Leningradi_Edasi_toimetus, lk 66
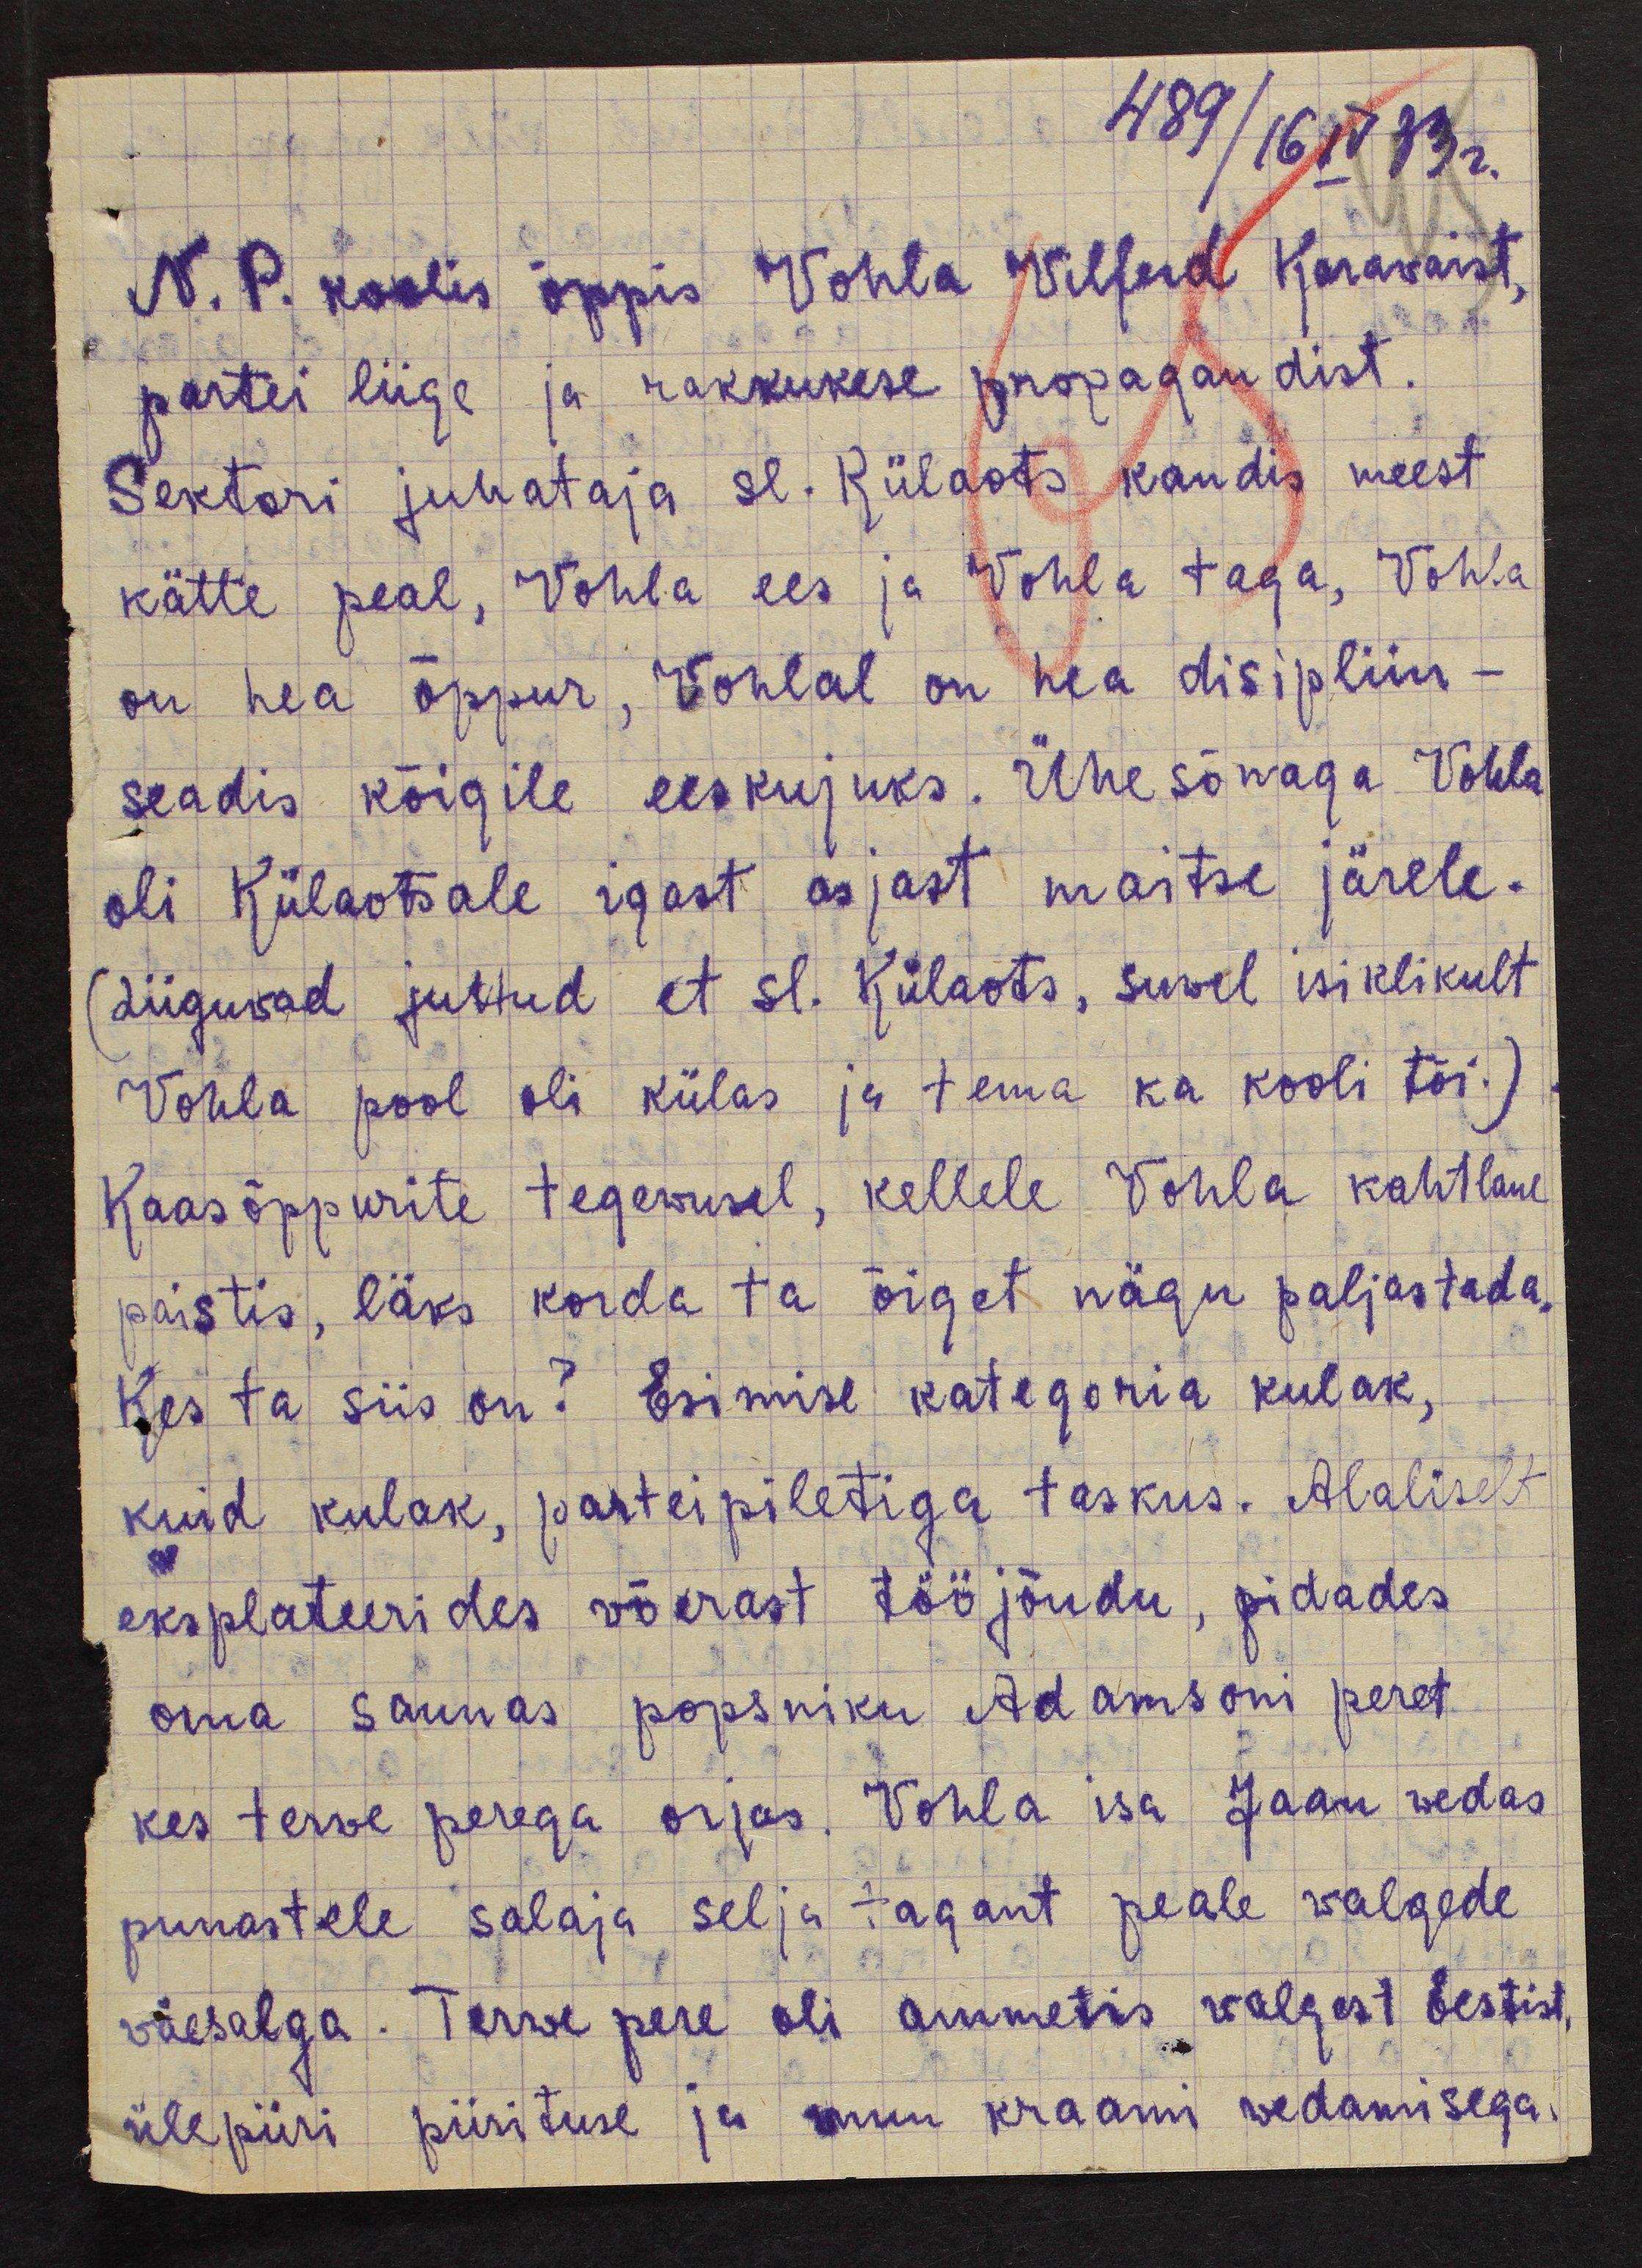
489/16 IV 33г
N. P. koolis õppis Vohla Vilferd Karavaist,
partei liige ja rakkukese propagandist.
Sektori juhataja sl. Külaots kandis meest
kätte peal, Vohla ees ja Vohla taga, Vohla
on hea õppur, Vohlal on hea disipliin -
seadis kõigile eeskujuks. Ühesõnaga Vohla
oli Külaotsale igast asjast maitse järele.
(Liiguvad juttud et sl. Külaots, suvel isiklikult
Vohla pool oli külas ja tema ka kooli tõi.)
Kaasõppurite tegevusel, kellele Vohla kahtlane
paistis, läks korda ta õiget nägu paljastada.
Kes ta siis on? Esimise kategoria kulak,
kuid kulak, parteipiletiga taskus. Alaliselt
eksplateerides võerast tööjõudu, pidades
oma saunas popsniku Adamsoni peret
kes terve perega orjas. Vohla isa Jaan vedas
punastele salaja selja tagant peale valgede
väesalga. Terve pere oli ammetis valgest Eestist
ülepiiri piirituse ja muu kraami vedamisega.